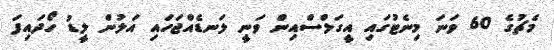
މެޗުގެ 60 ވަނަ މިނެޓުގައި އީގަލްސްއިން ވަނީ ލަނޑެއްޖަހައި އަލުން ލީޑު ހޯދައިފަ